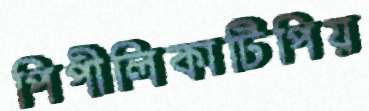
পিপীলিকাটিপিয়